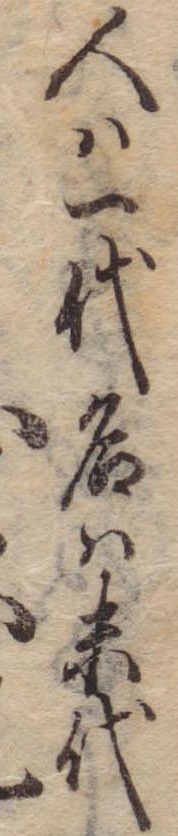
人は一代名は末代